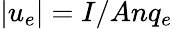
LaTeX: |u_{e}|=I/Anq_{e}